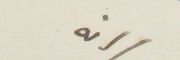
انه